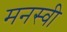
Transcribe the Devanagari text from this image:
मनस्‍वी